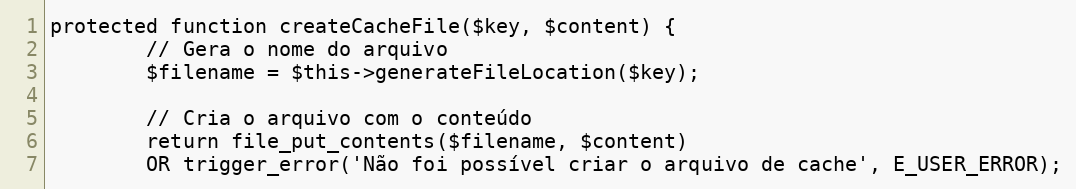
Language: PHP
protected function createCacheFile($key, $content) {
        // Gera o nome do arquivo
        $filename = $this->generateFileLocation($key);

        // Cria o arquivo com o conteúdo
        return file_put_contents($filename, $content)
        OR trigger_error('Não foi possível criar o arquivo de cache', E_USER_ERROR);